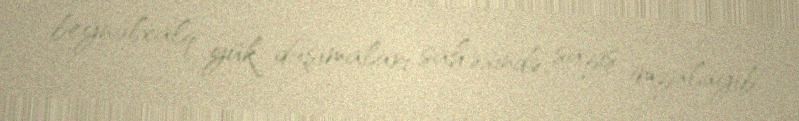
beynəlxalq yük daşımaları sahəsində saziş imzalayıb.